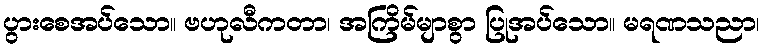
ပွားစေအပ်သော။ ဗဟုလီကတာ၊ အကြိမ်မျာစွာ ပြုအပ်သော။ မရဏသညာ၊